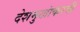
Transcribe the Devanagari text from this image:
देशमुखांकरवी